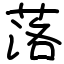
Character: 落